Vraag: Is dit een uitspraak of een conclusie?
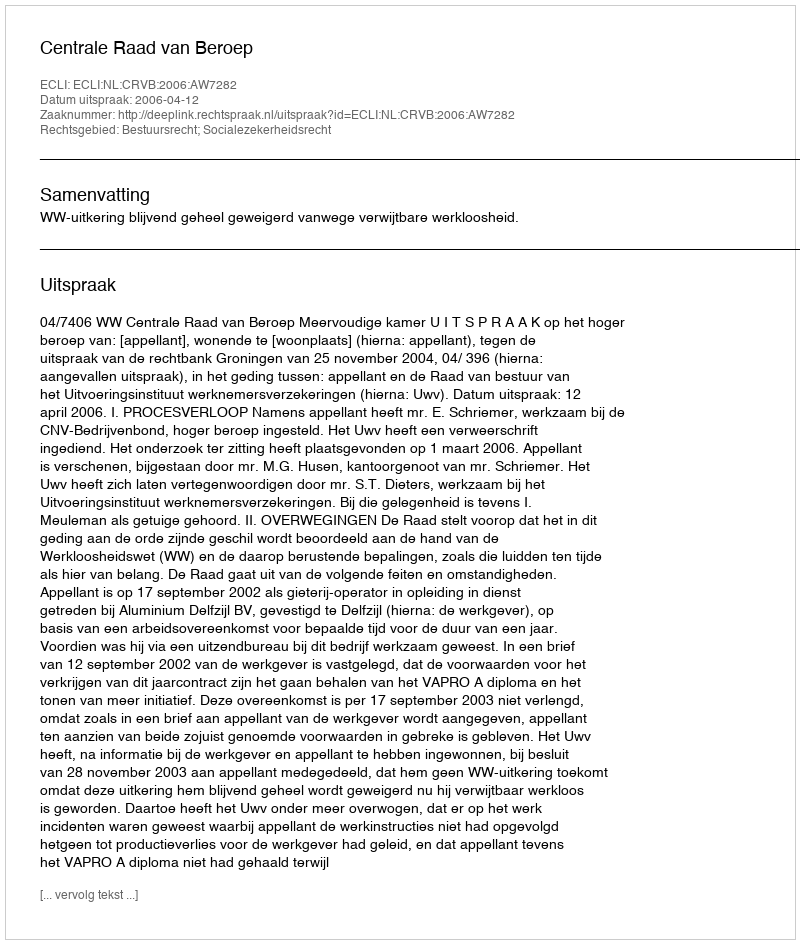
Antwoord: Uitspraak